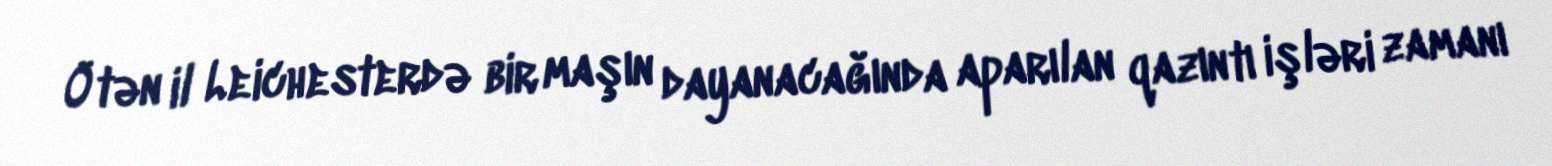
Ötən il Leichesterdə bir maşın dayanacağında aparılan qazıntı işləri zamanı